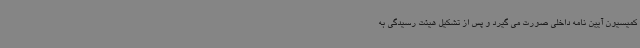
کمیسیون آیین نامه داخلی صورت می گیرد و پس از تشکیل هیئت رسیدگی به